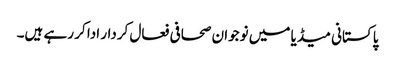
پاکستانی میڈیا میں نوجوان صحافی فعال کردار ادا کر رہے ہیں۔